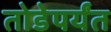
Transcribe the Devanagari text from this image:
तोडेपर्यंत